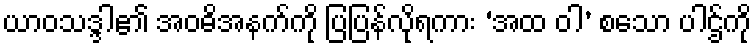
ယာဝသဒ္ဒါ၏ အဝဓိအနက်ကို ပြပြန်လိုရကား ‘အထ ဝါ’ စသော ပါဌ်ကို